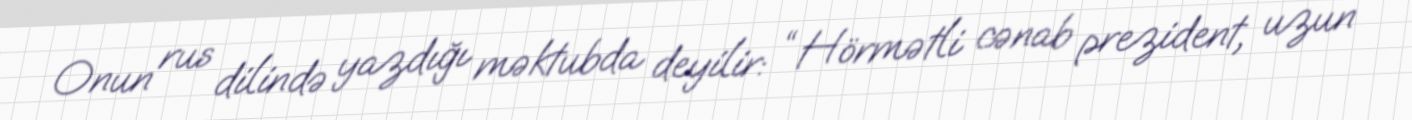
Onun rus dilində yazdığı məktubda deyilir: “ Hörmətli cənab prezident, uzun